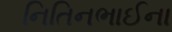
નિતિનભાઈના